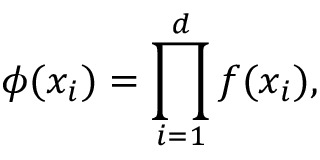
\phi ( x _ { i } ) = \prod _ { i = 1 } ^ { d } f ( x _ { i } ) ,